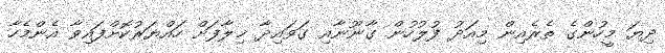
ދިޔަ މީހުންގެ ތެރެއިން މިއަދު ފުލުހުން ގާނޫނާއި ގަވައިދާ ޚިލާފަށް ހައްޔަރުކޮށްފައިވާ އެންމެހާ